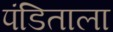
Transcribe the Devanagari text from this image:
पंडिताला